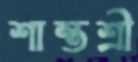
শান্তশ্রী